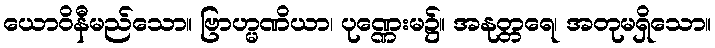
ယောဝိနီမည်သော။ ဗြာဟ္မဏိယာ၊ ပုဏ္ဏေးမ၌။ အနုတ္တရေ၊ အတုမရှိသော။